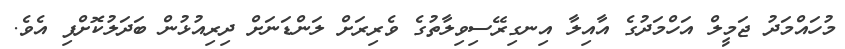
މުހައްމަދު ޖަމީލް އަހްމަދުގެ އާއިލާ އިނގިރޭސިވިލާތުގެ ވެރިރަށް ލަންޑަނަށް ދިރިއުޅުން ބަދަލުކޮށްފި އެވެ.